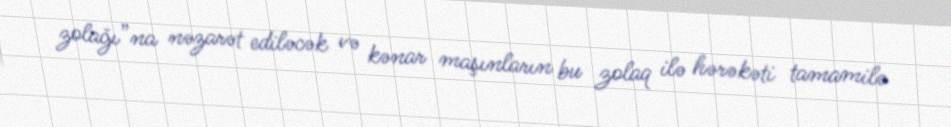
zolağı”na nəzarət ediləcək və kənar maşınların bu zolaq ilə hərəkəti tamamilə